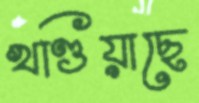
খণ্ডিয়াছে